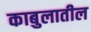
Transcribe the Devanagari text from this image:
काबुलातील